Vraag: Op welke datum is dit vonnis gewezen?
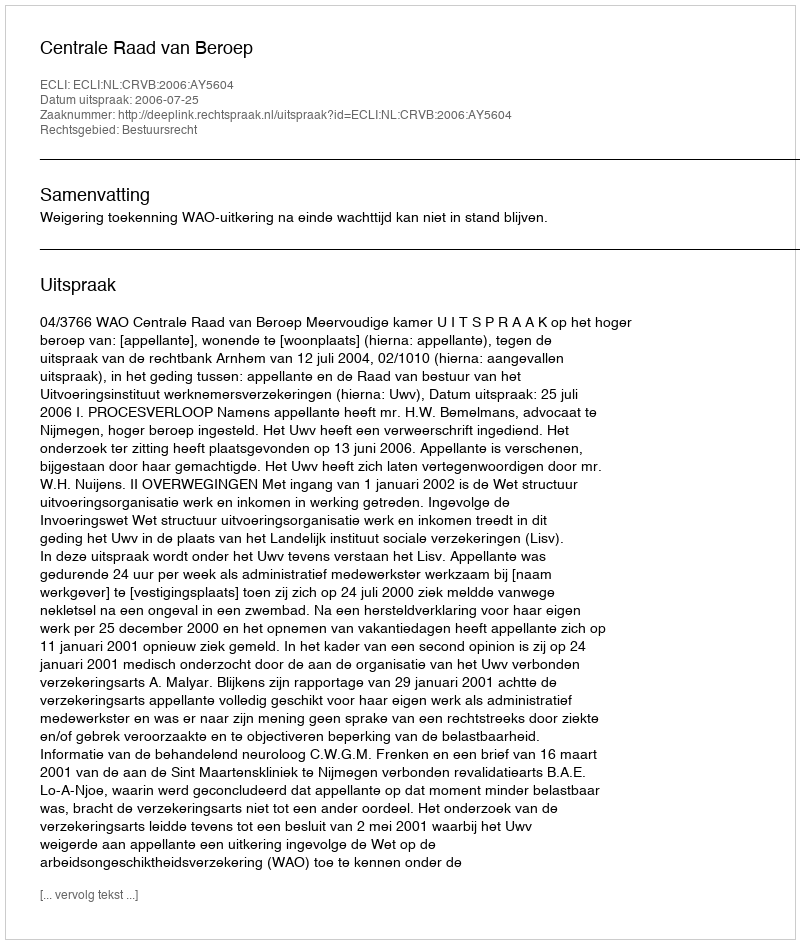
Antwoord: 2006-07-25